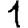
Digit: 1